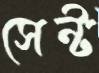
সেন্ট